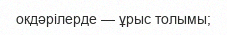
окдәрілерде — ұрыс толымы;